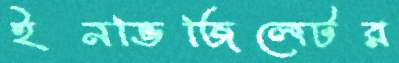
ইনভিজিলেটর